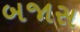
બજાસ